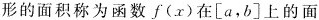
形的面积称为函数f(x)在 \left [ a,b \right ] 上的面